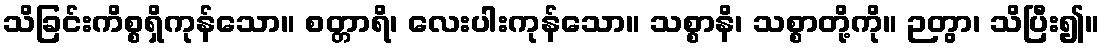
သိခြင်းကိစ္စရှိကုန်သော။ စတ္တာရိ၊ လေးပါးကုန်သော။ သစ္စာနိ၊ သစ္စာတို့ကို။ ဉတွာ၊ သိပြီး၍။